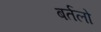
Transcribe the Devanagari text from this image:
बर्तलो